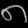
Digit: ၈